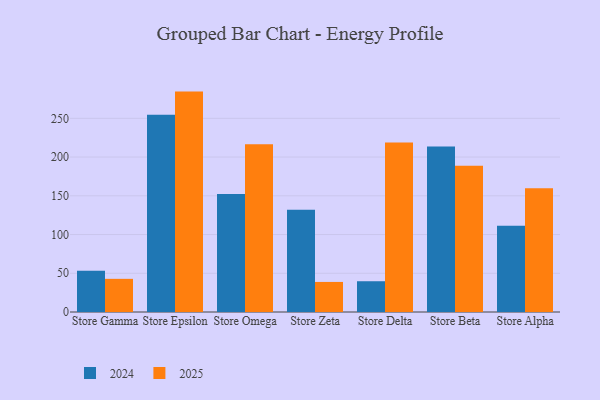
{"axis": {"x": "Store", "y": "Demand Index"}, "legend": ["2024", "2025"], "data": [{"x": "Store Gamma", "y": 42.8, "type": "2025"}, {"x": "Store Gamma", "y": 53.2, "type": "2024"}, {"x": "Store Epsilon", "y": 284.5, "type": "2025"}, {"x": "Store Epsilon", "y": 254.5, "type": "2024"}, {"x": "Store Omega", "y": 216.6, "type": "2025"}, {"x": "Store Omega", "y": 152.3, "type": "2024"}, {"x": "Store Zeta", "y": 38.8, "type": "2025"}, {"x": "Store Zeta", "y": 132.0, "type": "2024"}, {"x": "Store Delta", "y": 218.7, "type": "2025"}, {"x": "Store Delta", "y": 39.7, "type": "2024"}, {"x": "Store Beta", "y": 188.9, "type": "2025"}, {"x": "Store Beta", "y": 213.5, "type": "2024"}, {"x": "Store Alpha", "y": 159.7, "type": "2025"}, {"x": "Store Alpha", "y": 111.4, "type": "2024"}]}